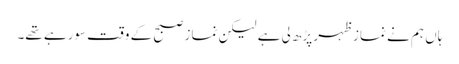
ہاں ہم نے نماز ظہر پڑھ لی ہے لیکن نماز صبح کے وقت سورہے تھے۔